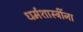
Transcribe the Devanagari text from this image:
धर्मशास्त्रींना